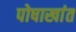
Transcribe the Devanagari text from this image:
पोषाखांत